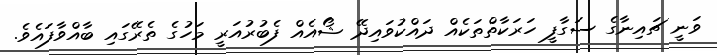
ވަނީ ޗައިނާގެ ސަގާފީ ހަރަކާތްތަކެއް ދައްކުވައިދޭ ޝޯއެއް ފެބުރުއަރީ މަހުގެ ތެރޭގައި ބާއްވާފައެވެ.